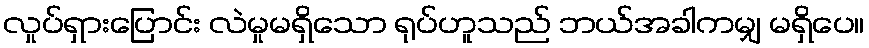
လှုပ်ရှားပြောင်း လဲမှုမရှိသော ရုပ်ဟူသည် ဘယ်အခါကမျှ မရှိပေ။